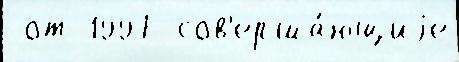
 от 1997 сов'ерша́ющиjе